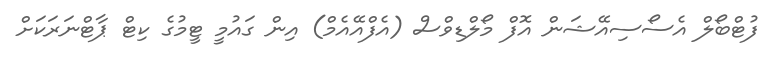
ފުޓްބޯލް އެސޯސިއޭޝަން އޮފް މޯލްޑިވްސް (އެފްއޭއެމް) އިން ގައުމީ ޓީމުގެ ކިޓް ޕާޓްނަރަަކަށް